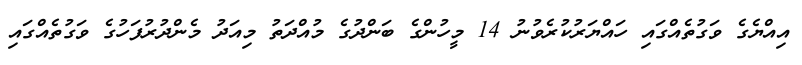
އިއްޔެގެ ވަގުތެއްގައި ހައްޔަރުކުރެވުނު 14 މީހުންގެ ބަންދުގެ މުއްދަތު މިއަދު މެންދުރުފަހުގެ ވަގުތެއްގައި